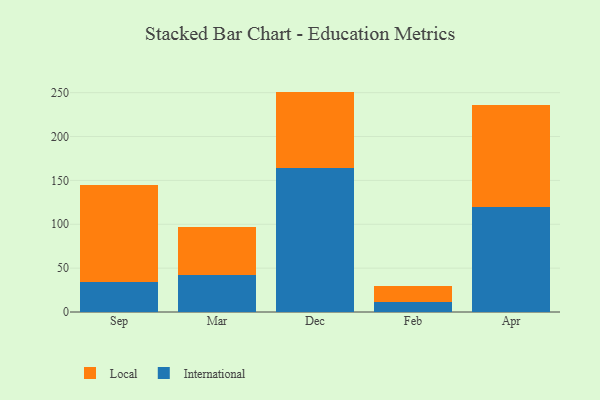
{"axis": {"x": "Month", "y": "Headcount"}, "legend": ["International", "Local"], "data": [{"x": "Sep", "y": 34.6, "type": "International"}, {"x": "Sep", "y": 110.7, "type": "Local"}, {"x": "Mar", "y": 42.1, "type": "International"}, {"x": "Mar", "y": 54.9, "type": "Local"}, {"x": "Dec", "y": 164.6, "type": "International"}, {"x": "Dec", "y": 86.6, "type": "Local"}, {"x": "Feb", "y": 11.5, "type": "International"}, {"x": "Feb", "y": 17.6, "type": "Local"}, {"x": "Apr", "y": 120.2, "type": "International"}, {"x": "Apr", "y": 115.8, "type": "Local"}]}